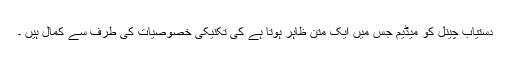
دستیاب چینل کو میڈیم جس میں ایک متن ظاہر ہوتا ہے کی تکنیکی خصوصیات کی طرف سے كمال ہیں ۔